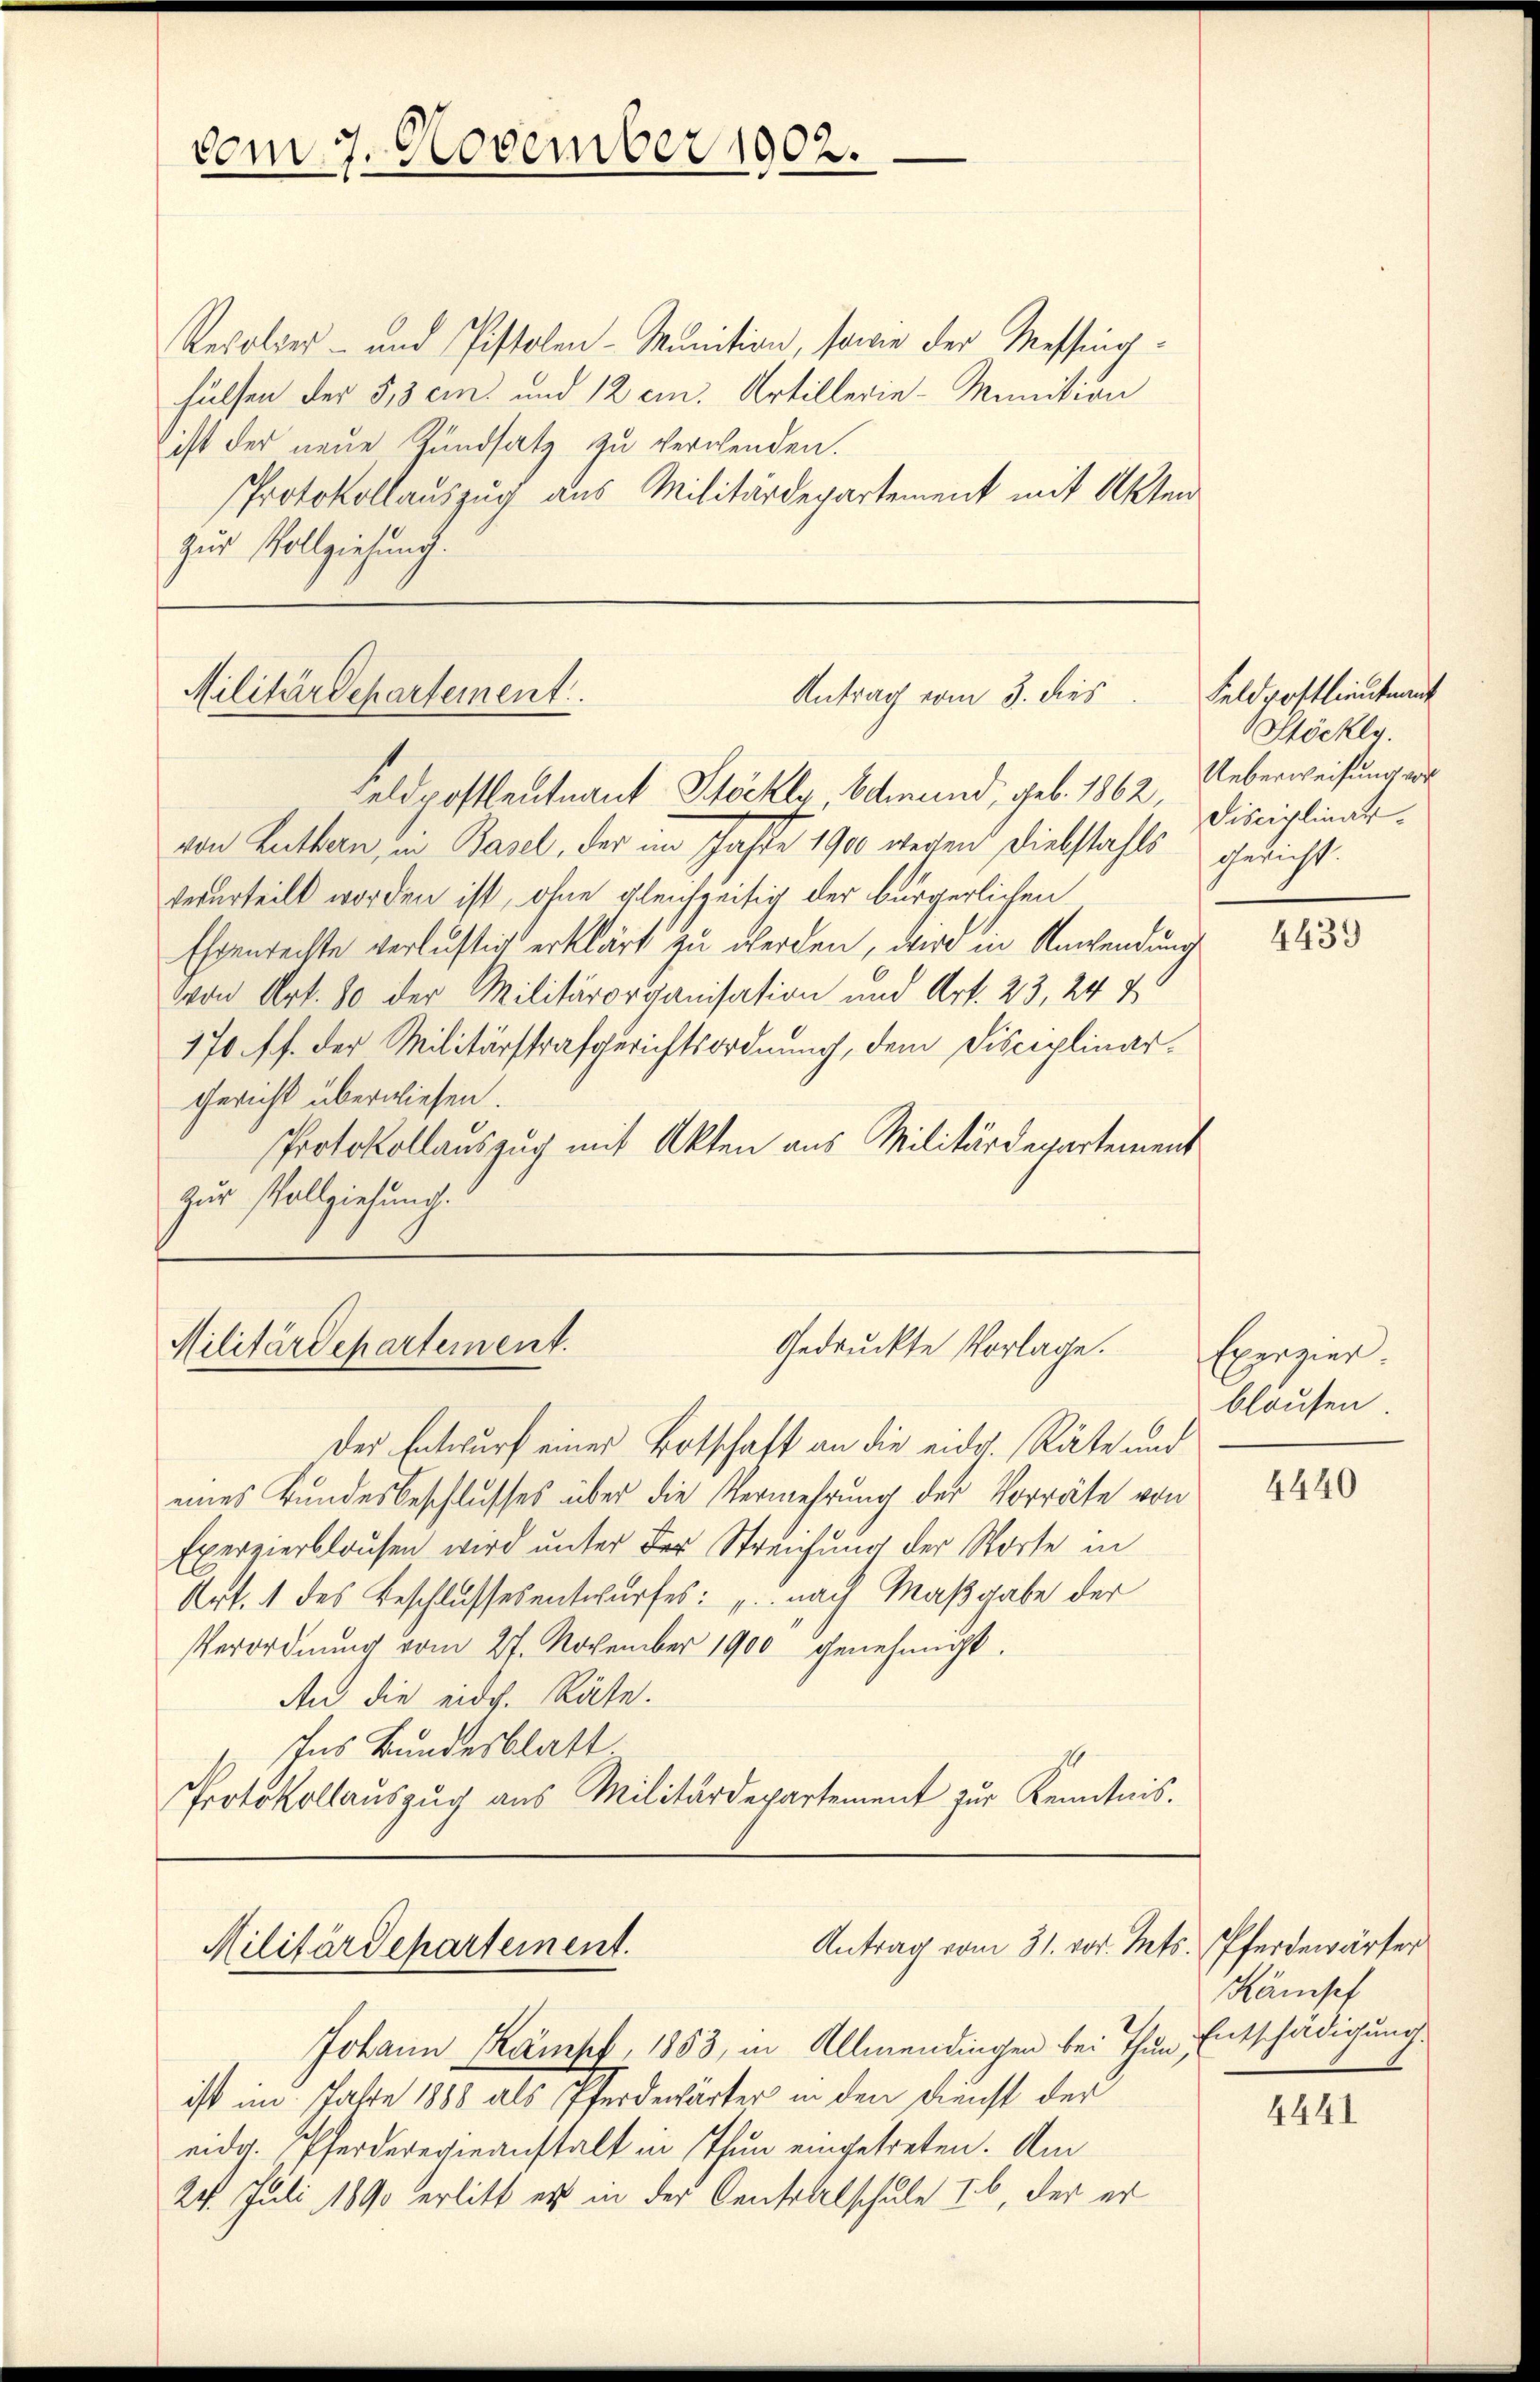
vom 7. November 1902.

Resolier- und Pistolen-Munition, sowie der Messinghülfen der 513 ein und 12 cm. Artillerie-Munition
ist der neue Zundsatz zu verwenden.
Protokollauszug aus Militärdepartement mit Akten
zur Vollziehung.

Militärdepartement.
Antrag vom 3. dies
Feldpostleutnant Stöckly, bemand, geb. 1862,

Militärdepartement.
Gedruckte Vorlage.

Antrag vom 31. vor. Mts. Pferdewärter
Militärdepartement.

von Luthen, in Basel, der im Jahre 1900 wegen Diebstahls gericht
verurteilt worden ist, ohne gleichzeitig der bürgerlichen
Ehrenrechte verlustig erklärt zu werden, wir in Anwendung
von Art. 80 der Militärorganisation und Art. 23, 24 25
170 ff. der Militärstrafgerichtsordnung, dem Fisciplinar
Gericht überwiesen.
Protokollauszug mit Akten aus Militärdepartement
zur Vollziehung.

Johann Kämpf, 1853, in Allmendingen bei Thun Entschädigung.
ist im Jahre 1888 als Pferdewärter in den Dienst der
eidg. Pferderevieanstalt in Thun eingetreten. Am
24. Juli 1890 erlitt es in der Centralschule ab, der er

Feldpostlieutnant
Stöcklg.
Ueberweisung vor
Disciplinar.

Der Entwurf einer Botschaft an die eidg. Räte und
eines Bundesbeschlusses über die Vermehrung der Vorräte von
Exerzierblausen wird unter der Streichung der Worte in
Art. 1 des Beschlussesentwurfes: „nach Maßgabe der
Verordnung vom 27. November 1900 genehmigt.
An die eidg. Räte.
Ins Bundesblatt
.
Protokollauszug aus Militärdepartement zur Kenntnis.

4439

Exerzier
blausen.

4440

Kämsef

4441